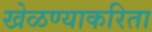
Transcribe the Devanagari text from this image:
खेळण्याकरिता